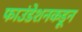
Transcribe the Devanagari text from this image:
फाउंडेशनकडून